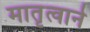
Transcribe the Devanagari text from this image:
मातृत्वाने